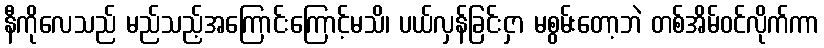
နီကိုလေသည် မည်သည့်အကြောင်းကြောင့်မသိ၊ ပယ်လှန်ခြင်းငှာ မစွမ်းတော့ဘဲ တစ်အိမ်ဝင်လိုက်ကာ